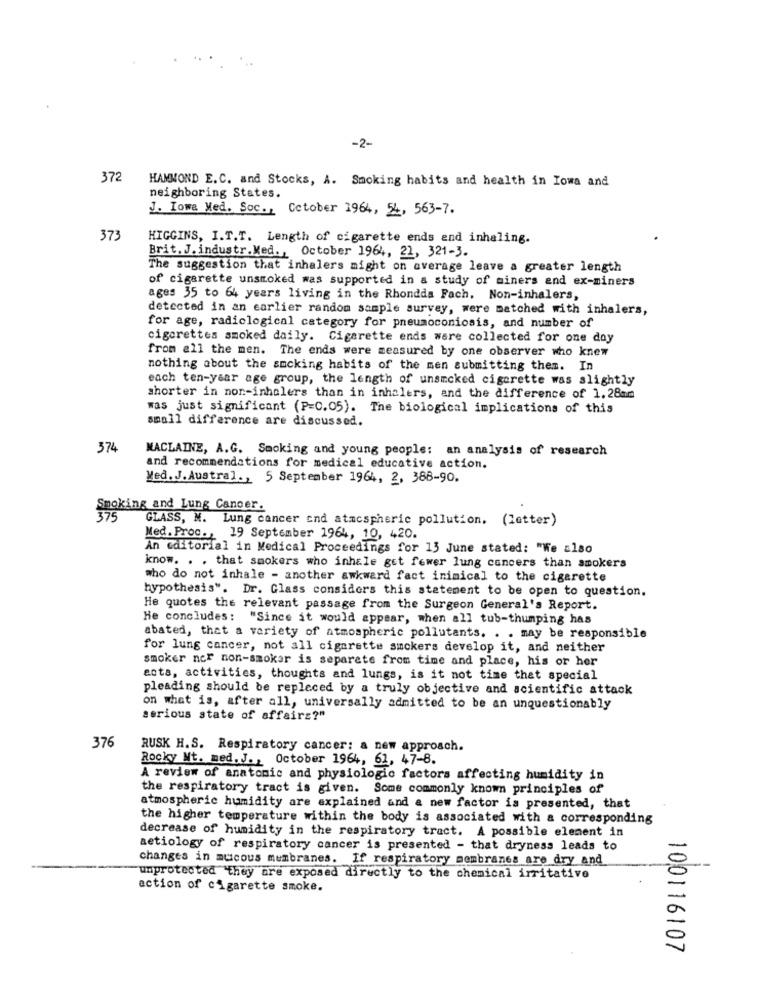
-2-
372
HAMMOND E.C. and Stocks, A. Smoking habits and health in Iowa and
neighboring States.
J. Iowe Med. Soc ., Cctober 1964, 54, 563-7.
373
HIGGINS, I.T.T. Length of cigarette ends end inhaling.
Brit. J. industr. Med ., October 1964, 21, 321-3.
The suggestion that inhalers might on average leave a greater length
of cigarette unsmoked was supported in a study of miners and ex-miners
ages 35 to 64 years living in the Rhondda Fach, Non-inhalers,
detected in an earlier random sample survey, were matched with inhalers,
for age, radiclogical category for pneumoconiosis, and number of
cigarettes smoked daily. Cigarette ends ware collected for one day
from all the men. The ends were measured by one observer who knew
nothing about the smoking habits of the men submitting them. In
each ten-year age group, the length of unsmcked cigarette was slightly
shorter in non-inhalers than in inhalers, and the difference of 1.28mm
was just significant (P=0.05). The biological implications of this
small difference are discussed.
374
MACLAINE, A.G. Smoking and young people: an analysis of research
and recommendations for medical educative action.
Med. J.Austral ., 5 September 1964, 2, 388-90.
Smoking and Lung Cancer.
GLASS, M. Lung cancer and atmospheric pollution. (letter)
Med. Proc ., 19 September 1964, 10, 420.
An editorial in Medical Proceedings for 13 June stated: "We also
know. . . that smokers who inhele get fewer lung cancers than amokers
who do not inhale - another awkward fact inimical to the cigarette
hypothesis". Dr. Glass considers this statement to be open to question.
He quotes the relevant passage from the Surgeon General's Report.
He concludes: "Since it would appear, when all tub-thumping has
abated, that a variety of atmospheric pollutants. . . may be responsible
for lung cancer, not all cigarette smokers develop it, and neither
smoker ner non-smoker is separete from time and place, his or her
acts, activities, thoughts and lungs, is it not time that special
pleading should be replaced by a truly objective and scientific attack
on what is, after all, universally admitted to be an unquestionably
serious state of affairs?"
376
RUSK H.S. Respiratory cancer: a new approach.
Rocky Wt. med. J ., October 1964, 61, 47-8.
A review of anatomic and physiologic factors affecting humidity in
the respiratory tract is given. Some commonly known principles of
atmospheric humidity are explained and a new factor is presented, that
the higher temperature within the body is associated with a corresponding
decrease of humidity in the respiratory tract. A possible element in
aetiology of respiratory cancer is presented - that dryness leads to
changes in mucous membranes. If respiratory membranes are dry and
unprotected they are exposed directly to the chemical irritative
action of cigarette smoke.
10,0116107